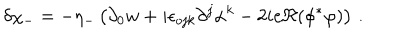
LaTeX: \delta \chi _ { - } = - \eta _ { - } \left( \partial _ { 0 } w + i \epsilon _ { o j k } \partial ^ { j } \alpha ^ { k } - 2 i e \Re ( \phi ^ { * } \varphi ) \right) \, .